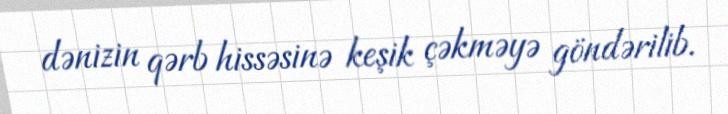
dənizin qərb hissəsinə keşik çəkməyə göndərilib.